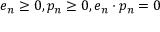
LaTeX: e _ { n } \geq 0 , p _ { n } \geq 0 , e _ { n } \cdot p _ { n } = 0 \,